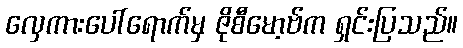
လှေကားပေါ်ရောက်မှ ဇိုစီမော့ဗ်က ရှင်းပြသည်။